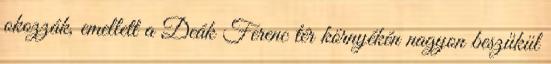
okozzák, emellett a Deák Ferenc tér környékén nagyon beszűkül